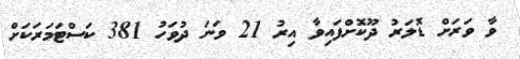
ވާ ވަރަށް ޑޮލަރު ދޫކޮށްފައިވާ އިރު 21 ވަނަ ދުވަހު 381 ކަސްޓަމަރަކަށް